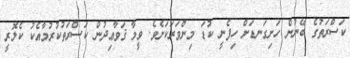
ކަސްރަތުގެ ބޭނުން ހަށިގަނޑަށް ހިފެނީ ކުޑަ މިންވަރަކަށެވެ. ވީމާ ޤަވާޢިދުން ކަސްރަތުކުރުމާއެކު ކެލޮރީ